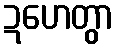
ဍဟေတွာ